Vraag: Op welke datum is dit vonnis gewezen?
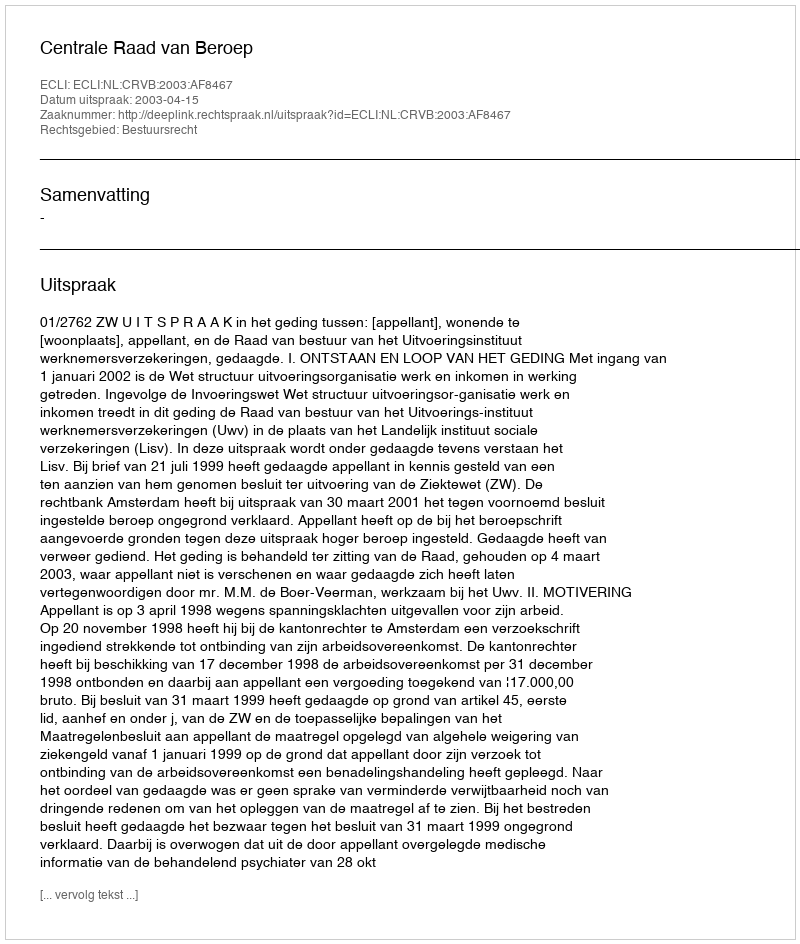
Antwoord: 2003-04-15